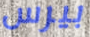
بيرس